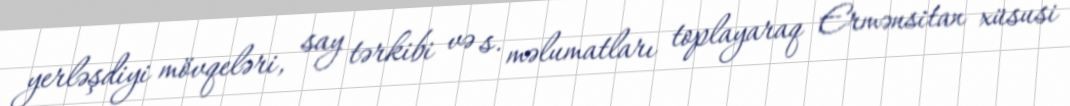
yerləşdiyi mövqeləri, say tərkibi və s. məlumatları toplayaraq Ermənsitan xüsusi